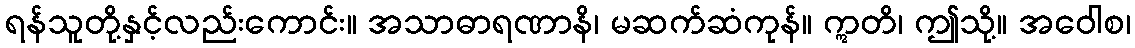
ရန်သူတို့နှင့်လည်းကောင်း။ အသာဓာရဏာနိ၊ မဆက်ဆံကုန်။ ဣတိ၊ ဤသို့။ အဝေါစ၊